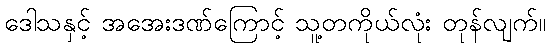
ဒေါသနှင့် အအေးဒဏ်ကြောင့် သူ့တကိုယ်လုံး တုန်လျက်။